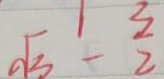
\sqrt { 3 } - \frac { 3 } { 2 }